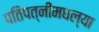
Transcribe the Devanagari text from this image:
पतिपत्‍नींमधल्या